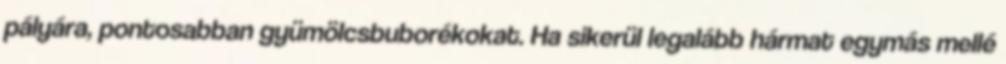
pályára, pontosabban gyümölcsbuborékokat. Ha sikerül legalább hármat egymás mellé